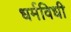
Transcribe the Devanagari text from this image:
धर्मविधी